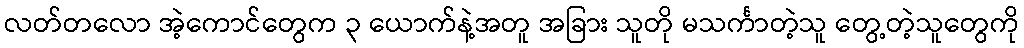
လတ်တလော အဲ့ကောင်တွေက ၃ ယောက်နဲ့အတူ အခြား သူတို မသင်္ကာတဲ့သူ တွေ့တဲ့သူတွေကို